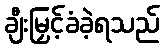
ချီးမြှင့်ခံခဲ့ရသည်